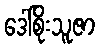
ဒေါ်စိုးသူဇာ